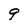
Character: 9